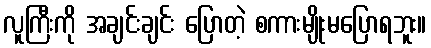
လူကြီးကို အချင်းချင်း ပြောတဲ့ စကားမျိုးမပြောရဘူး။